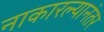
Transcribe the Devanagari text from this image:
नाकारल्यानंतर